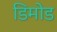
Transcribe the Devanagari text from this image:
डिमोड